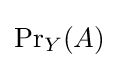
\operatorname {Pr} _{Y}(A)